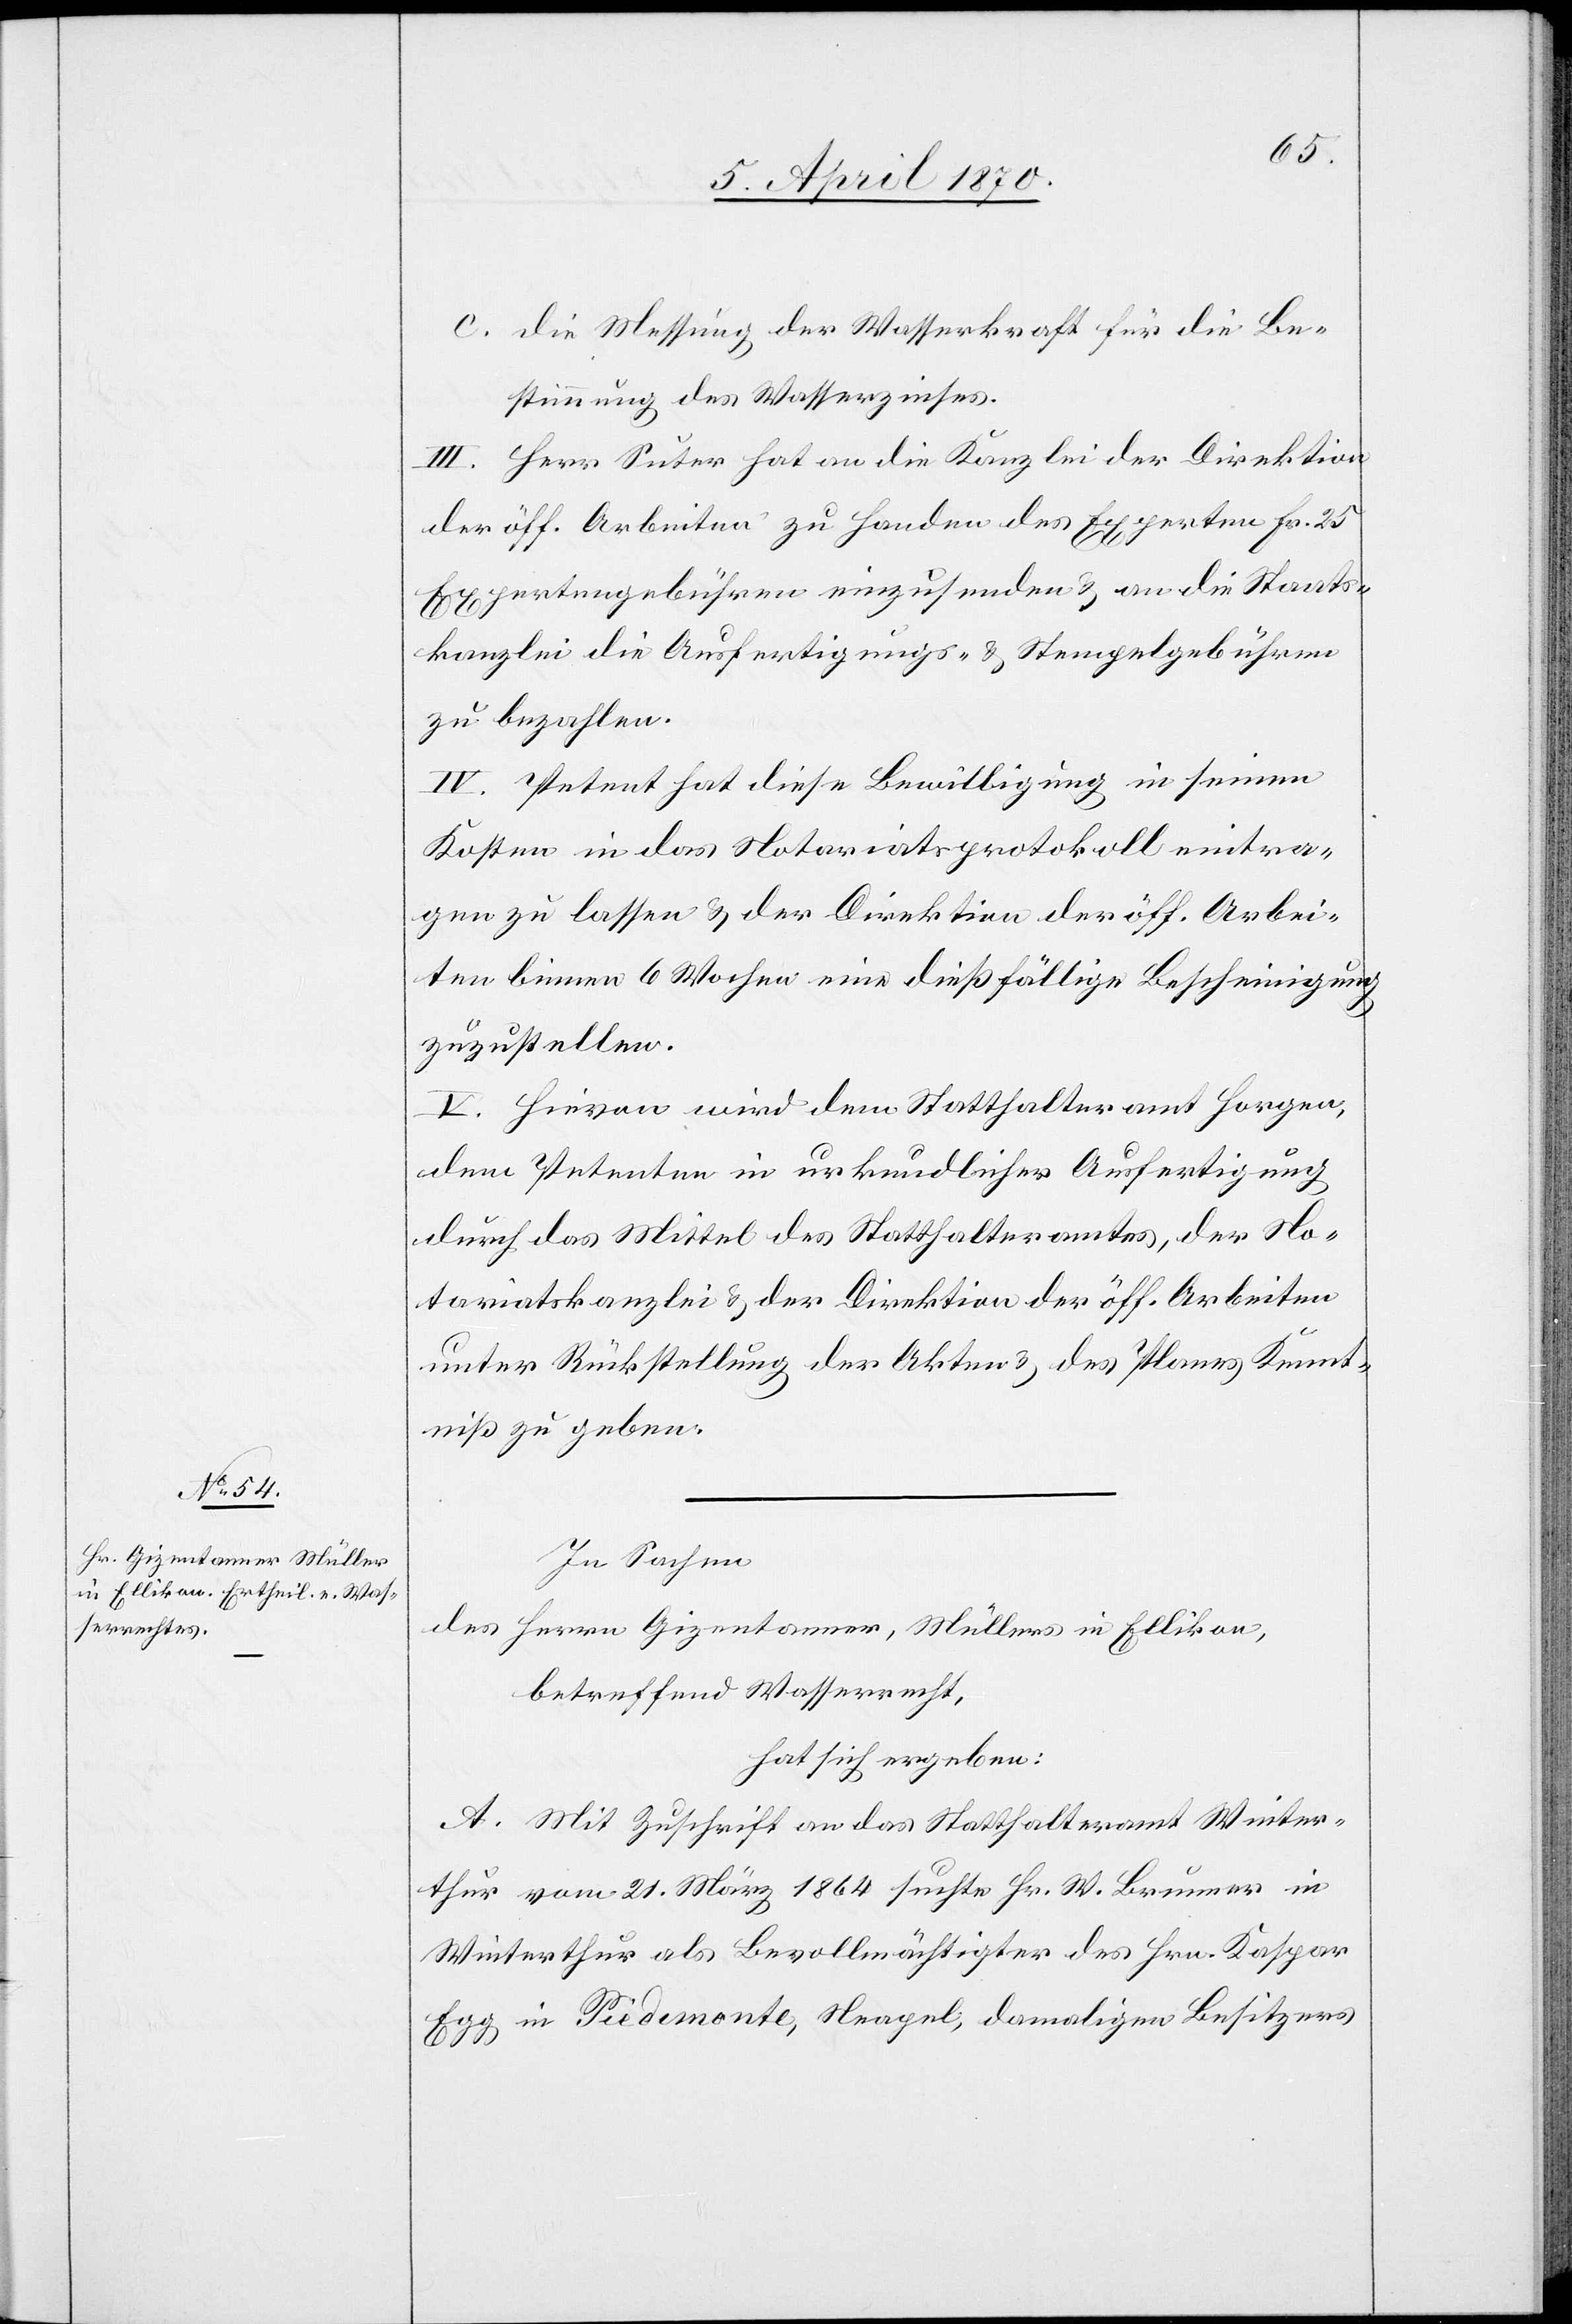
c. die Messung der Wasserkraft für die Be¬
stimmung des Wasserzinses.
III. Herr Suter hat an die Kanzlei der Direktion
der öff. Arbeiten zu Handen des Experten Fr. 25
Expertengebühren einzusenden & an die Staats¬
kanzlei die Ausfertigungs- & Stempelgebühren
zu bezahlen.
IV. Petent hat diese Bewilligung in seinen
Kosten in das Notariatsprotokoll eintra¬
gen zu lassen & der Direktion der öff. Arbei¬
ten binnen 6 Wochen eine dießfällige Bescheinigung
zuzustellen.
V. Hievon wird dem Statthalteramt Horgen,
dem Petenten in urkundlicher Ausfertigung
durch das Mittel des Statthalteramtes, der No¬
tariatskanzlei & der Direktion der öff. Arbeiten
unter Rückstellung der Akten & des Planes Kennt¬
niß zu geben.
In Sachen
des Herrn Gizentanner, Müllers in Ellikon,
betreffend Wasserrecht,
hat sich ergeben:
A. Mit Zuschrift an das Statthalteramt Winter¬
thur vom 21. März 1864 suchte Hr. W. Brunner in
Winterthur als Bevollmächtigter des Hrn. Kaspar
Egg in Piedemonte, Neapel, damaligen Besitzers